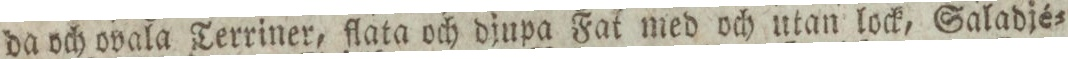
da och ovala Terriner, flata och djupa Fat med och utan lock, Saladjé=